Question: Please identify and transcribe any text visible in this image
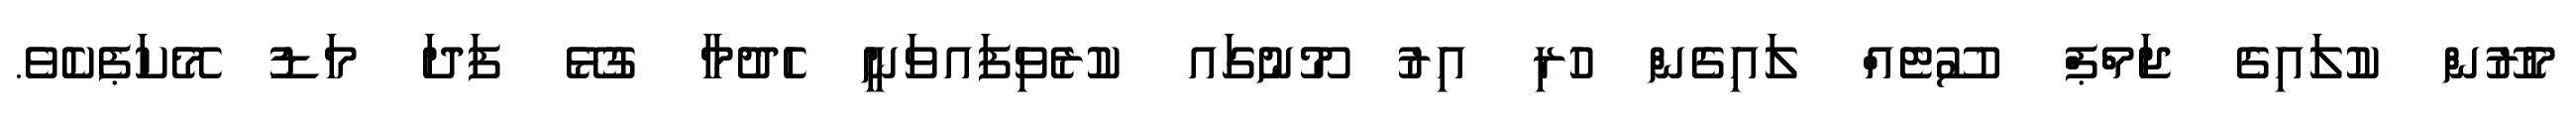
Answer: މެރޫން ކުލައިގެ ޖަމްޕް ސޫޓެއް ލައިގެން ހުރި އިރު މޫނުގައ ކުރެވިފައވަނީ ހެދުމާ ގުޅޭ ފަދަ މަޑު މޭކަޕެކެވެ.